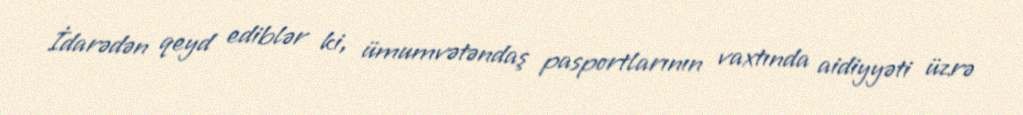
İdarədən qeyd ediblər ki, ümumvətəndaş pasportlarının vaxtında aidiyyəti üzrə